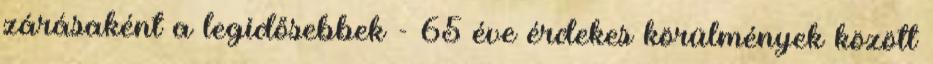
zárásaként a legidősebbek - 65 éve érdekes körülmények között